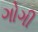
ગોગી